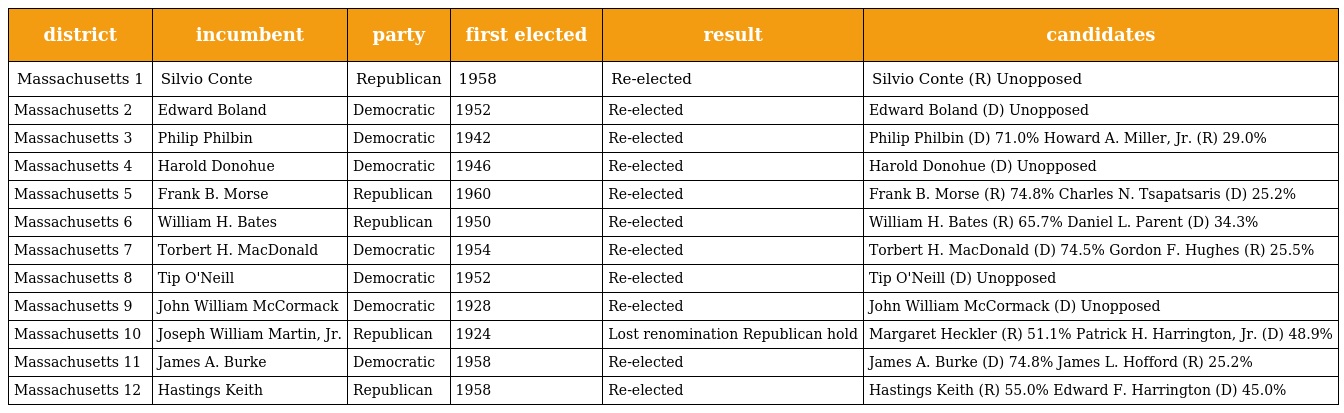
| district | incumbent | party | first elected | result | candidates |
 | --- | --- | --- | --- | --- | --- |
 | Massachusetts 1 | Silvio Conte | Republican | 1958 | Re-elected | Silvio Conte (R) Unopposed |
 | Massachusetts 2 | Edward Boland | Democratic | 1952 | Re-elected | Edward Boland (D) Unopposed |
 | Massachusetts 3 | Philip Philbin | Democratic | 1942 | Re-elected | Philip Philbin (D) 71.0% Howard A. Miller, Jr. (R) 29.0% |
 | Massachusetts 4 | Harold Donohue | Democratic | 1946 | Re-elected | Harold Donohue (D) Unopposed |
 | Massachusetts 5 | Frank B. Morse | Republican | 1960 | Re-elected | Frank B. Morse (R) 74.8% Charles N. Tsapatsaris (D) 25.2% |
 | Massachusetts 6 | William H. Bates | Republican | 1950 | Re-elected | William H. Bates (R) 65.7% Daniel L. Parent (D) 34.3% |
 | Massachusetts 7 | Torbert H. MacDonald | Democratic | 1954 | Re-elected | Torbert H. MacDonald (D) 74.5% Gordon F. Hughes (R) 25.5% |
 | Massachusetts 8 | Tip O'Neill | Democratic | 1952 | Re-elected | Tip O'Neill (D) Unopposed |
 | Massachusetts 9 | John William McCormack | Democratic | 1928 | Re-elected | John William McCormack (D) Unopposed |
 | Massachusetts 10 | Joseph William Martin, Jr. | Republican | 1924 | Lost renomination Republican hold | Margaret Heckler (R) 51.1% Patrick H. Harrington, Jr. (D) 48.9% |
 | Massachusetts 11 | James A. Burke | Democratic | 1958 | Re-elected | James A. Burke (D) 74.8% James L. Hofford (R) 25.2% |
 | Massachusetts 12 | Hastings Keith | Republican | 1958 | Re-elected | Hastings Keith (R) 55.0% Edward F. Harrington (D) 45.0% |